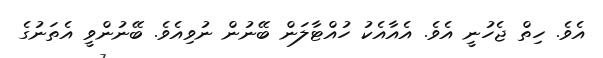
އެވެ. ހިތް ޖެހުނީ އެވެ. އެއާއެކު ހުއްޓާލަން ބޭނުން ނުވިއެވެ. ބޭނުންވީ އެތަނުގެ